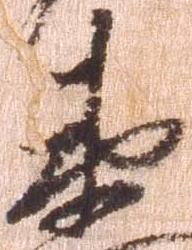
衛